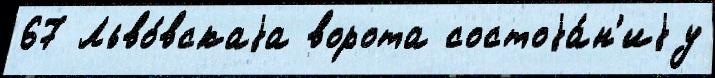
67 Льво́вскаjа ворота состоjа́н'иjу